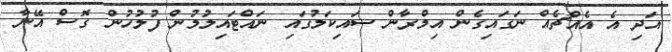
އަދި އެ އެއްޗެއް ނަގައިގެން އިމްރާން ސައިކަލުގައި ނައްޓައިލުމުން ފުލުހުން ގޮސް އޭނާ